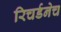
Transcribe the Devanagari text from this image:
रिचर्डनेच